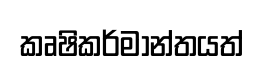
කෘෂිකර්මාන්තයත්